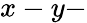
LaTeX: x-y-